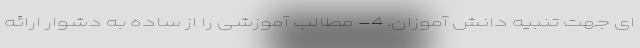
ای جهت تنبیه دانش آموزان. 4- مطالب آموزشی را از ساده به دشوار ارائه